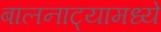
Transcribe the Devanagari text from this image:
बालनाट्यामध्ये